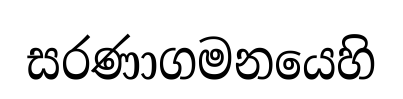
සරණාගමනයෙහි